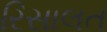
રિસાલત